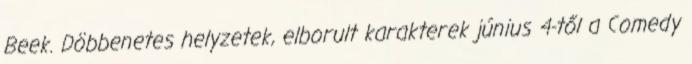
Beek. Döbbenetes helyzetek, elborult karakterek június 4-től a Comedy